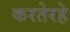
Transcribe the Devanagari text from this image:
करतेरहे